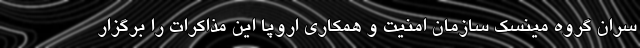
سران گروه مینسک سازمان امنیت و همکاری اروپا این مذاکرات را برگزار